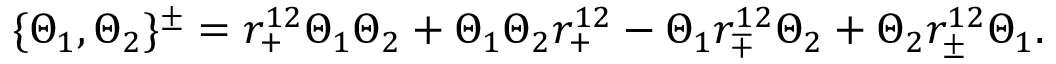
\{ \Theta _ { 1 } , \Theta _ { 2 } \} ^ { \pm } = r _ { + } ^ { 1 2 } \Theta _ { 1 } \Theta _ { 2 } + \Theta _ { 1 } \Theta _ { 2 } r _ { + } ^ { 1 2 } - \Theta _ { 1 } r _ { \mp } ^ { 1 2 } \Theta _ { 2 } + \Theta _ { 2 } r _ { \pm } ^ { 1 2 } \Theta _ { 1 } .